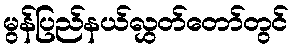
မွန်ပြည်နယ်လွှတ်တော်တွင်